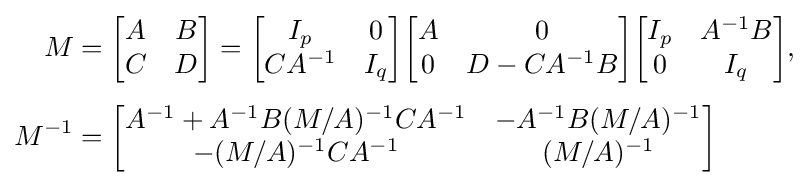
{\begin{aligned}M&={\begin{bmatrix}A&B\\C&D\end{bmatrix}}={\begin{bmatrix}I_{p}&0\\CA^{-1}&I_{q}\end{bmatrix}}{\begin{bmatrix}A&0\\0&D-CA^{-1}B\end{bmatrix}}{\begin{bmatrix}I_{p}&A^{-1}B\\0&I_{q}\end{bmatrix}},\\[4pt]M^{-1}&={\begin{bmatrix}A^{-1}+A^{-1}B(M/A)^{-1}CA^{-1}&-A^{-1}B(M/A)^{-1}\\-(M/A)^{-1}CA^{-1}&(M/A)^{-1}\end{bmatrix}}\end{aligned}}